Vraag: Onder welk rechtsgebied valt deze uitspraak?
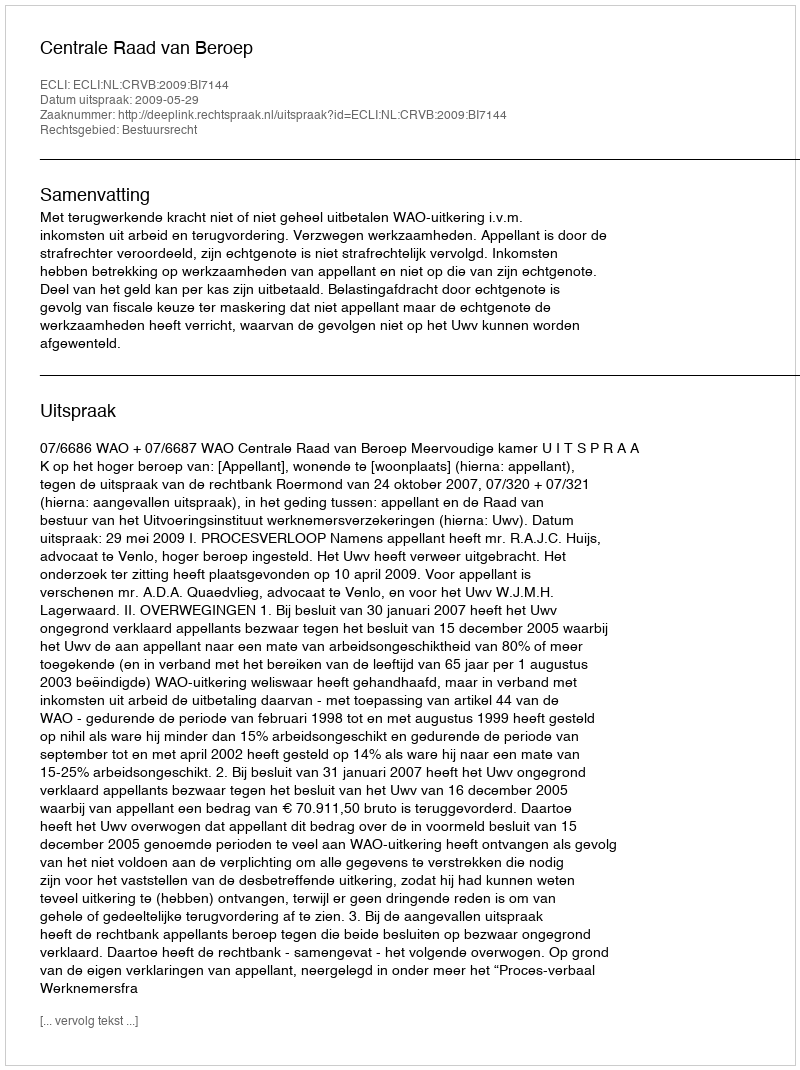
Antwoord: Bestuursrecht